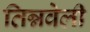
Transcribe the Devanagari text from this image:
तिन्नवेली